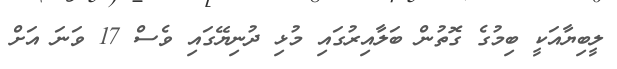
ލީބިޔާއަކީ ބިމުގެ ގޮތުން ބަލާއިރުގައި މުޅި ދުނިޔޭގައި ވެސް 17 ވަނަ އަށް